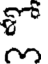
ల